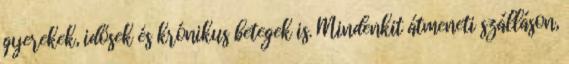
gyerekek, idősek és krónikus betegek is. Mindenkit átmeneti szálláson,